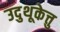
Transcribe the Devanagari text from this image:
उदुथूकेत्तु